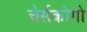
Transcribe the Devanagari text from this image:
चेर्सकोगो